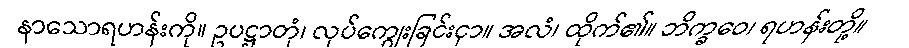
နာသောရဟန်းကို။ ဥပဋ္ဌာတုံ၊ လုပ်ကျွေးခြင်းငှာ။ အလံ၊ ထိုက်၏။ ဘိက္ခဝေ၊ ရဟန်းတို့။